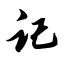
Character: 记